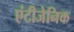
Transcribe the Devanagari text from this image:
एंटीजेनिक